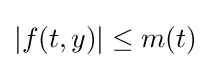
|f(t,y)|\leq m(t)